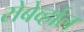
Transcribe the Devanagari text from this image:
रोबेर्व्हाल